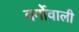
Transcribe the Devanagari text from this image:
वर्गोवाली